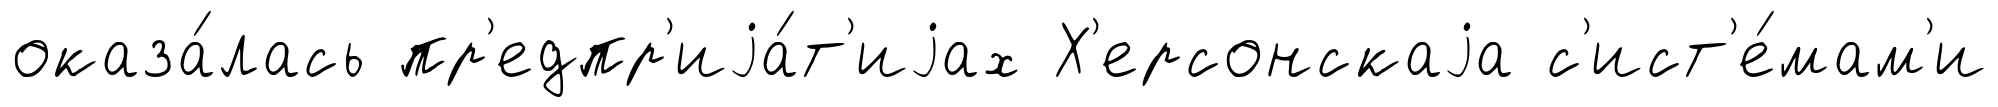
оказа́лась пр'едпр'иjа́т'иjах Х'ерсонскаjа с'ист'е́мам'и